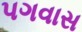
પગવાસ